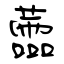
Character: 蘦